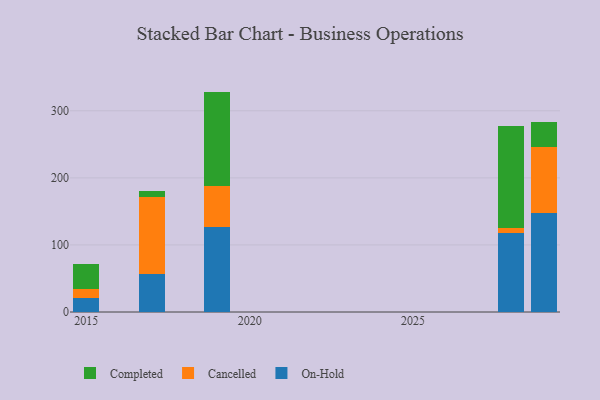
{"axis": {"x": "Year", "y": "Market Share (%)"}, "legend": ["Cancelled", "Completed", "On-Hold"], "data": [{"x": "2015", "y": 20.7, "type": "On-Hold"}, {"x": "2015", "y": 13.7, "type": "Cancelled"}, {"x": "2015", "y": 37.4, "type": "Completed"}, {"x": "2028", "y": 117.9, "type": "On-Hold"}, {"x": "2028", "y": 6.9, "type": "Cancelled"}, {"x": "2028", "y": 152.0, "type": "Completed"}, {"x": "2019", "y": 126.9, "type": "On-Hold"}, {"x": "2019", "y": 61.1, "type": "Cancelled"}, {"x": "2019", "y": 140.6, "type": "Completed"}, {"x": "2029", "y": 147.4, "type": "On-Hold"}, {"x": "2029", "y": 98.3, "type": "Cancelled"}, {"x": "2029", "y": 37.4, "type": "Completed"}, {"x": "2017", "y": 56.6, "type": "On-Hold"}, {"x": "2017", "y": 114.2, "type": "Cancelled"}, {"x": "2017", "y": 9.6, "type": "Completed"}]}